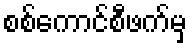
စစ်ကောင်စီဖက်မှ